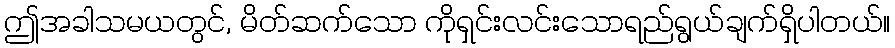
ဤအခါသမယတွင်, မိတ်ဆက်သော ကိုရှင်းလင်းသောရည်ရွယ်ချက်ရှိပါတယ်။